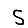
Digit: 5